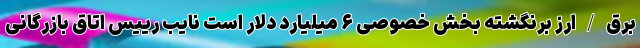
برق / ارز برنگشته بخش خصوصی ۶ میلیارد دلار است نایب رییس اتاق بازرگانی